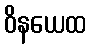
ဝိနယေထ